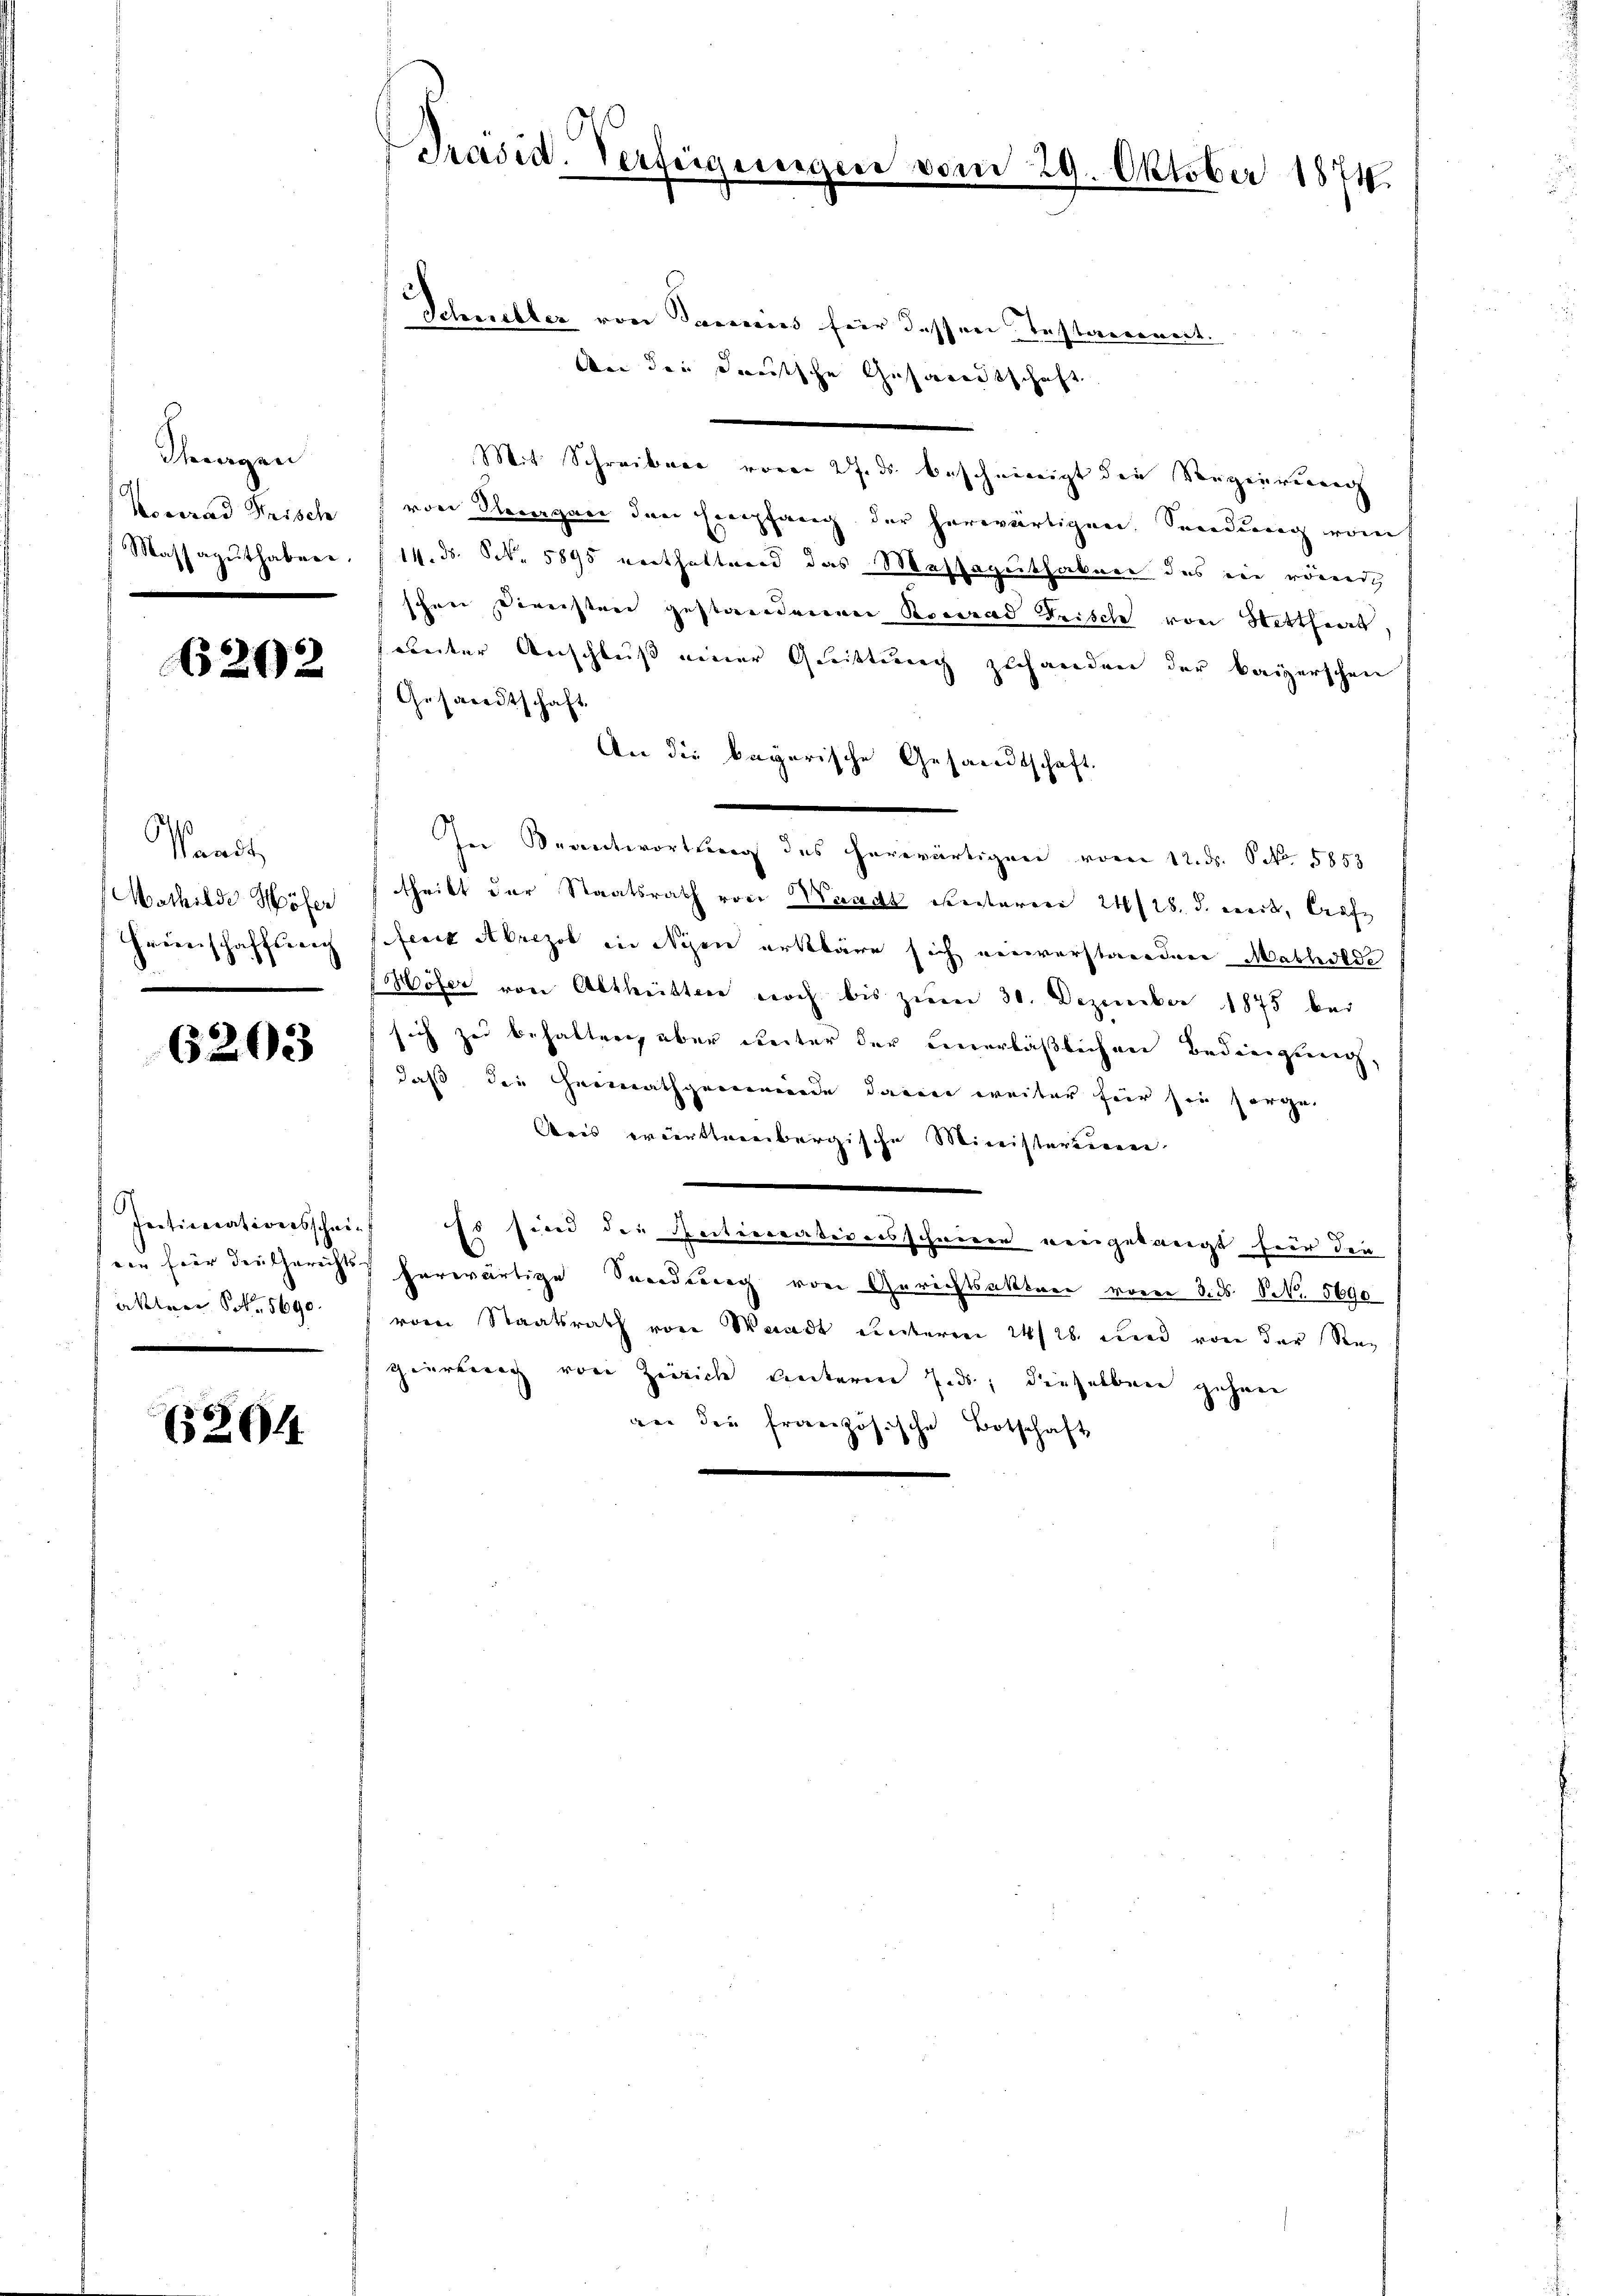
Thurgen
Konrad Frisch

6202

Stande
Mathilde Höfer
Freinschaffung
e

6203

akten S. 5690

(204

Schneller von Sameries für dessen Testamenart.
An der deutsche Gesandtschaft
Mit Schreibuer voren 27. ds beschwierigt die Vergeirung
von Heergan den Empfang der herwärtigen Sendung vom
Massaguthaber, 14. ds. S. 5895 verthaltend das Massaguthaben des in römiert
schen Diverstrie gestandenen Konrad Frische von Mittheit,
srenter Anschluß einer Quittung zuhanden der kaiserschen
Gesandtschaft.
An die bayerische Gesandtschaft
In Beantwortung des herwärtigen vom 12. ds. S. 5853.
thritt der Staatsrath von Waadt eventaren 24/18. d. weit, Grafe
fecit Abrezot in Nyen erkläre sich einverstanden Mathilde
Höfer von Abtheitten noch bis zum 30. Dezember 1875 bei
sich zu behalten, aber weiter der einerläßlichen Bedingung,
daß die Heimathgemeinde darin weiter für sie sorge
Aris württembergische Ministerium
Inticocationsschrief. Es sind die Sectiverationsschweren eingelangt für die
von hier der Gericht herwärtige Sendung von Gerichtsaktere vom 3. ds. NNo. 5690
vom Staatsrath von Waadt unterm 14/26. und von der Re¬
Heürberg von Zürich unterm Eids, dieselben gehen
ger die französische Botschaft

Prädial-Verfügungen

vom 29. Oktober 1874.